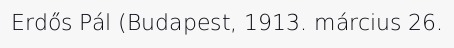
Erdős Pál (Budapest, 1913. március 26.